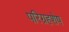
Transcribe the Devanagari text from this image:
परिग्रहशेष